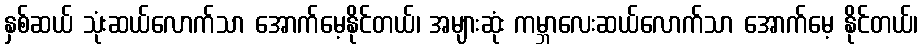
နှစ်ဆယ် သုံးဆယ်လောက်သာ အောက်မေ့နိုင်တယ်၊ အများဆုံး ကမ္ဘာလေးဆယ်လောက်သာ အောက်မေ့ နိုင်တယ်၊